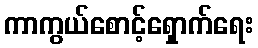
ကာကွယ်စောင့်ရှောက်ရေး